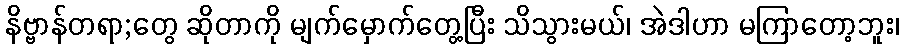
နိဗ္ဗာန်တရာ;တွေ ဆိုတာကို မျက်မှောက်တွေ့ပြီး သိသွားမယ်၊ အဲဒါဟာ မကြာတော့ဘူး၊